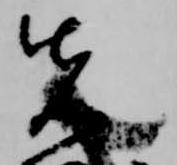
先